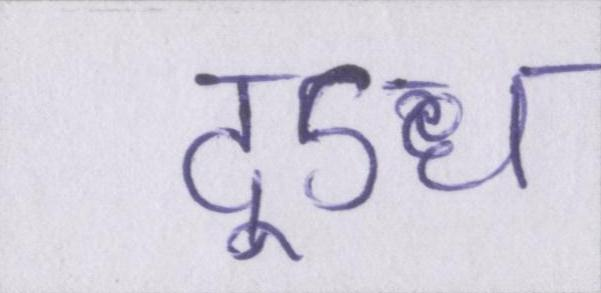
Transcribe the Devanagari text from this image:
दूऽध